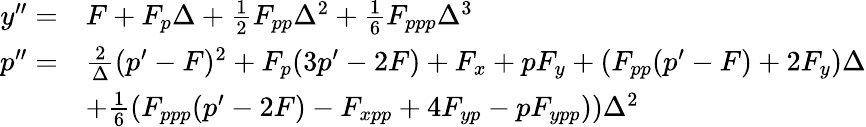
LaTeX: \begin{array}{rl}{y^{\prime\prime}=}&{F+F_{p}\Delta+\textstyle{\frac 12}F_{pp}\Delta^{2}+\frac{1}{6}F_{ppp}\Delta^{3}}\\ {p^{\prime\prime}=}&{\frac{2}{\Delta}(p^{\prime}-F)^{2}+F_{p}(3p^{\prime}-2F)+F_{x}+pF_{y}+\left(F_{pp}(p^{\prime}-F)+2F_{y}\right)\Delta}\\ &{+\frac{1}{6}\left(F_{ppp}(p^{\prime}-2F)-F_{xpp}+4F_{yp}-pF_{ypp})\right)\Delta^{2}}\end{array}